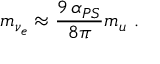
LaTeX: m _ { \nu _ { e } } \approx { \frac { 9 \, \alpha _ { P S } } { 8 \pi } } m _ { u } ~ .